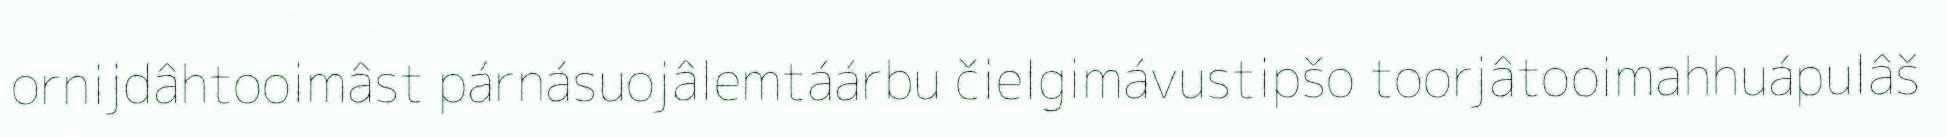
ornijdâhtooimâst párnásuojâlemtáárbu čielgimávustipšo toorjâtooimahhuápulâš